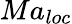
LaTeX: M{{a}_{loc}}